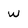
Character: W